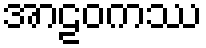
အာဠဝကဿ